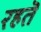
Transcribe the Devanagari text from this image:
रहतॆ